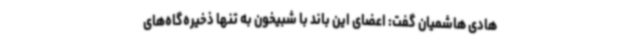
هادی هاشمیان گفت: اعضای این باند با شبیخون به تنها ذخیره‌گاه‌های